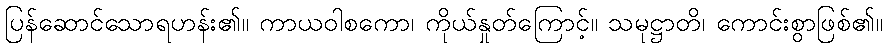
ပြန်ဆောင်သောရဟန်း၏။ ကာယဝါစကော၊ ကိုယ်နှုတ်ကြောင့်။ သမုဋ္ဌာတိ၊ ကောင်းစွာဖြစ်၏။